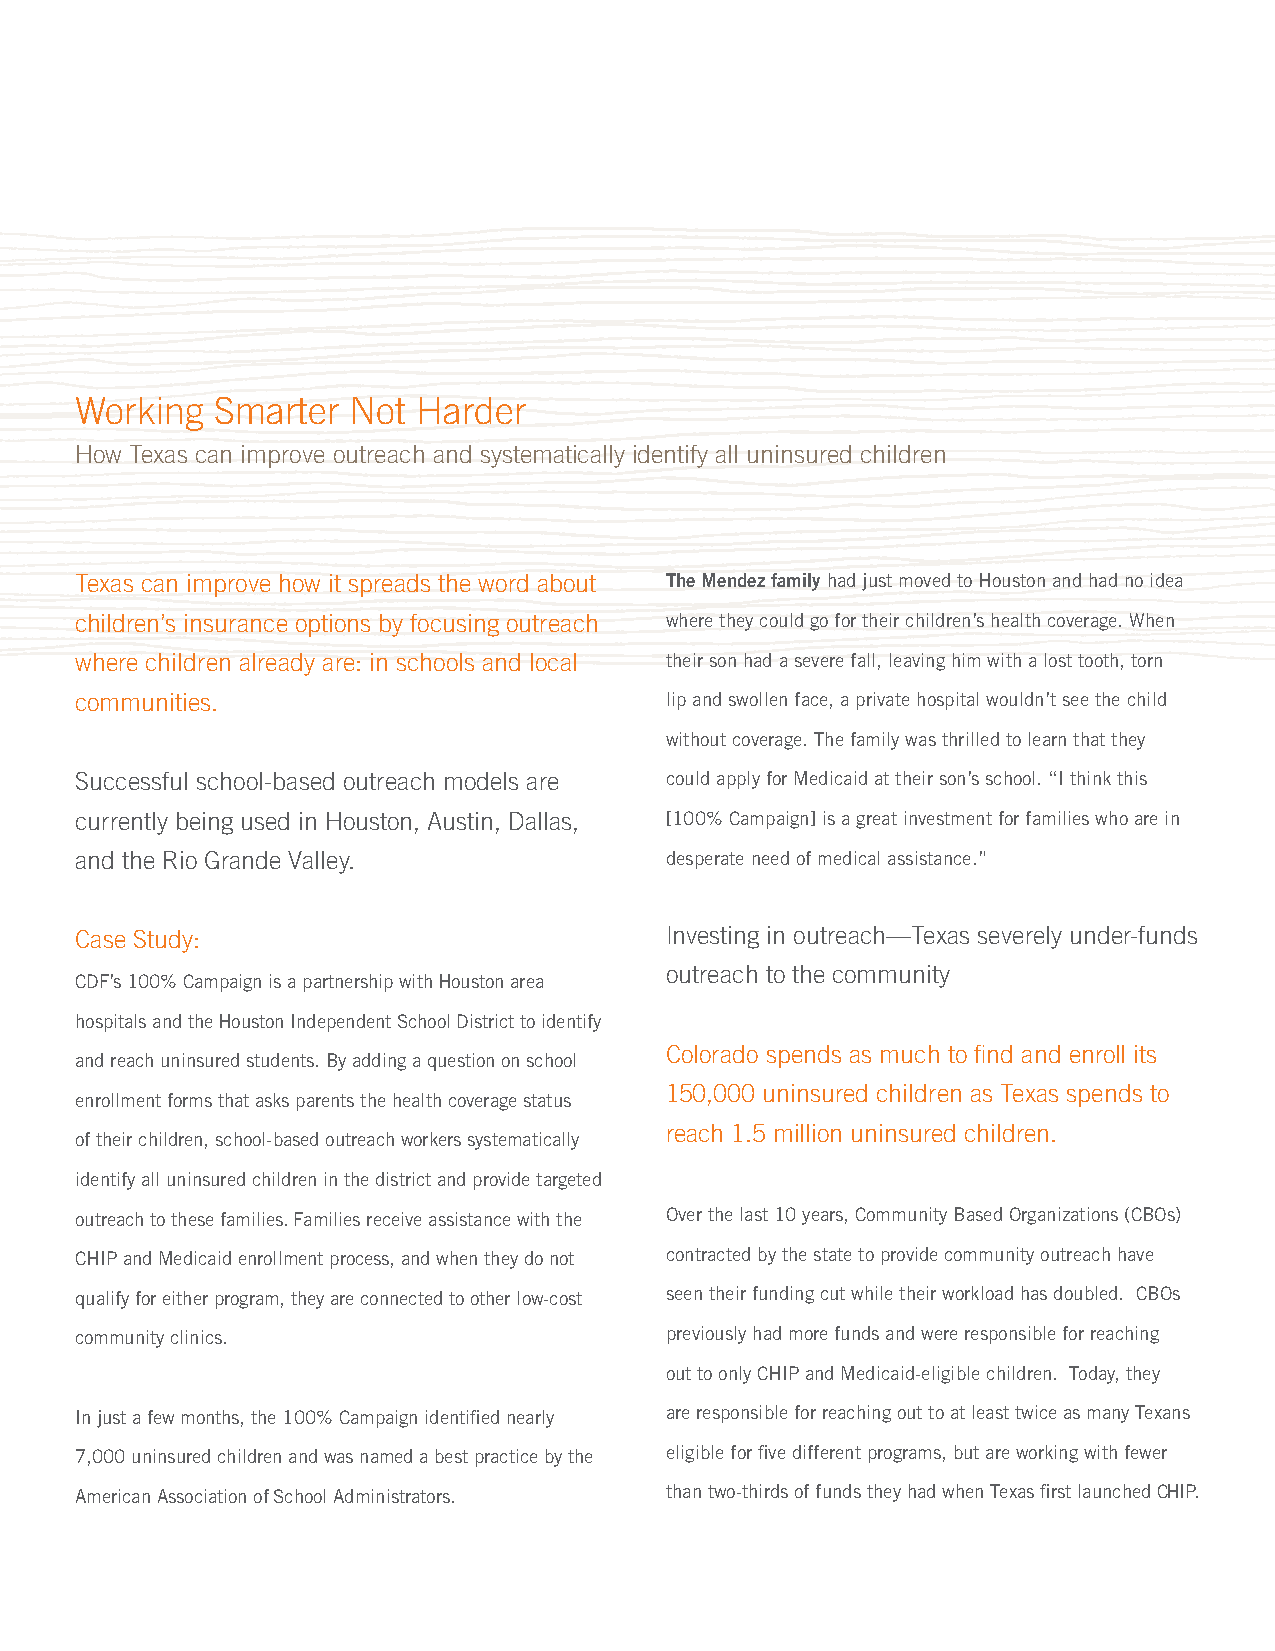
Working  Smarter  Not  Harder
 How Texas can improve outreach and systematically identify all uninsured children
 Texas can improve how it spreads the word about The Mendez family had just moved to Houston and had no idea
 children’s insurance options by focusing outreach where they could go for their children’s health coverage. When
 where children already are: in schools and local their son had a severe fall, leaving him with a lost tooth, torn
 communities.                           lip and swollen face, a private hospital wouldn’t see the child
 without coverage. The family was thrilled to learn that they
 Successful school-based outreach models are could apply for Medicaid at their son’s school. “I think this
 currently being used in Houston, Austin, Dallas, [100% Campaign] is a great investment for families who are in
 and the Rio Grande Valley.             desperate need of medical assistance.”
 Case Study:                            Investing in outreach—Texas severely under-funds
 outreach to the community
 CDF’s 100% Campaign is a partnership with Houston area
 hospitals and the Houston Independent School District to identify
 Colorado spends as much to find and enroll its
 and reach uninsured students. By adding a question on school
 150,000 uninsured children as Texas spends to
 enrollment forms that asks parents the health coverage status
 reach 1.5 million uninsured children.
 of their children, school-based outreach workers systematically
 identify all uninsured children in the district and provide targeted
 outreach to these families. Families receive assistance with the Over the last 10 years, Community Based Organizations (CBOs)
 CHIP and Medicaid enrollment process, and when they do not contracted by the state to provide community outreach have
 qualify for either program, they are connected to other low-cost seen their funding cut while their workload has doubled. CBOs
 community clinics.                     previously had more funds and were responsible for reaching
 out to only CHIP and Medicaid-eligible children. Today, they
 In just a few months, the 100% Campaign identified nearly are responsible for reaching out to at least twice as many Texans
 7,000 uninsured children and was named a best practice by the eligible for five different programs, but are working with fewer
 American Association of School Administrators. than two-thirds of funds they had when Texas first launched CHIP.